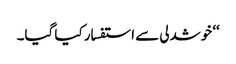
‘‘ خوشدلی سے استفسار کیا گیا۔